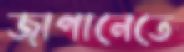
জাপানেতে